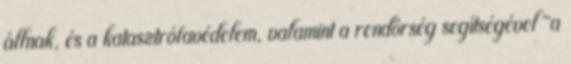
állnak, és a katasztrófavédelem, valamint a rendőrség segítségével "a